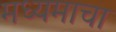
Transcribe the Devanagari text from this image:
मध्यमाचा